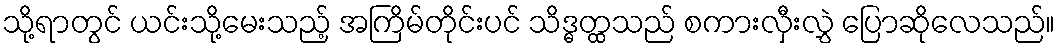
သို့ရာတွင် ယင်းသို့မေးသည့် အကြိမ်တိုင်းပင် သိဒ္ဓတ္ထသည် စကားလှီးလွှဲ ပြောဆိုလေသည်။